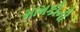
મામકીની